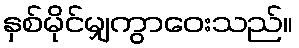
နှစ်မိုင်မျှကွာဝေးသည်။